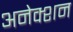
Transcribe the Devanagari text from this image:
अनेक्शन